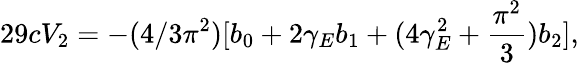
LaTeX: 29cV_{2}=-(4/3\pi^{2})[b_{0}+2\gamma_{E}b_{1}+(4\gamma_{E}^{2}+\frac{\pi^{2}}{3})b_{2}],